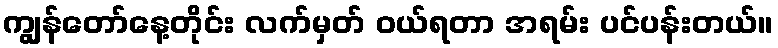
ကျွန်တော်နေ့တိုင်း လက်မှတ် ဝယ်ရတာ အရမ်း ပင်ပန်းတယ်။